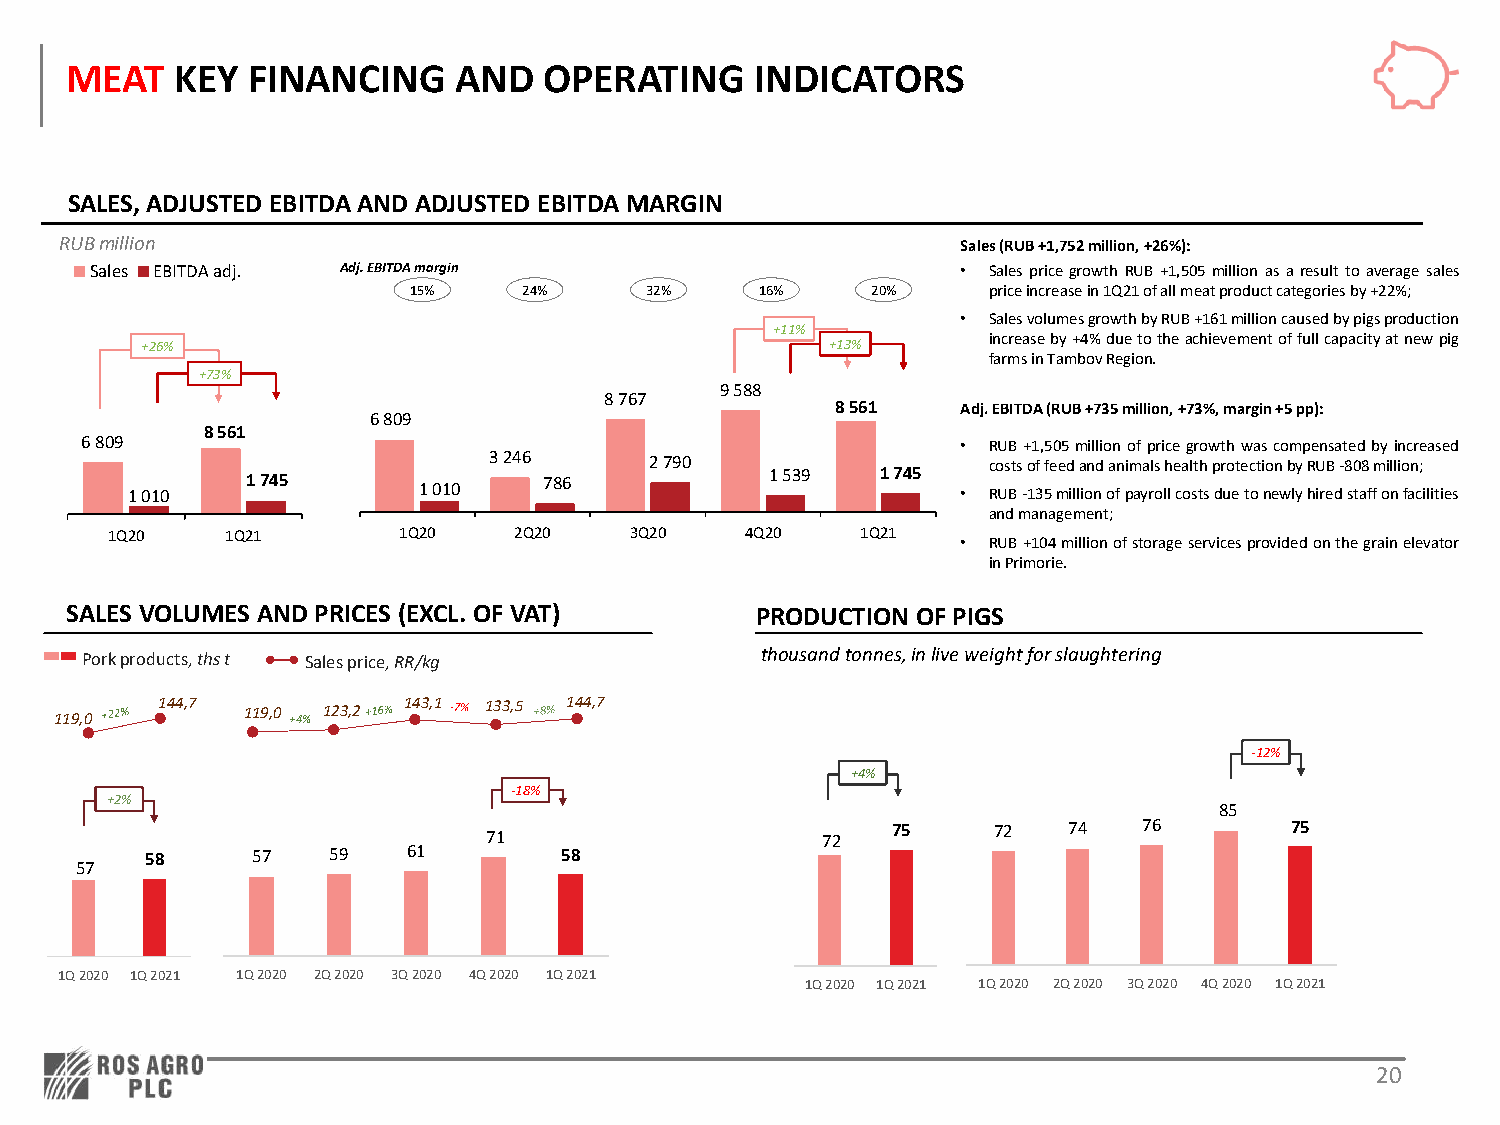
MEAT    KEY FINANCING     AND   OPERATING     INDICATORS
 SALES, ADJUSTED EBITDA AND ADJUSTED EBITDA MARGIN
 RUBmillion                                                  Sales(RUB+1,752million,+26%):
 Sales EBITDA adj. Adj. EBITDA margin                      • Sales price growth RUB +1,505 million as a result to average sales
 15%     24%     32%    16%     20%    priceincreasein1Q21ofallmeatproductcategoriesby+22%;
 • SalesvolumesgrowthbyRUB+161millioncausedbypigsproduction
 +11%
 increaseby+4%duetotheachievementoffullcapacityatnewpig
 +26%                                          +13%
 farmsinTambovRegion.
 +73%
 9588
 8767
 8561     Adj.EBITDA(RUB+735million,+73%,margin+5pp):
 6809
 8561
 6809                                                       • RUB+1,505millionofpricegrowthwascompensatedbyincreased
 3246       2790                  costsoffeedandanimalshealthprotectionbyRUB-808million;
 1010    1745        1010    786            1539   1745  • RUB-135millionofpayrollcostsduetonewlyhiredstaffonfacilities
 andmanagement;
 1Q20    1Q21       1Q20    2Q20    3Q20   4Q20    1Q21
 • RUB+104millionofstorageservicesprovidedonthegrainelevator
 inPrimorie.
 SALES VOLUMES AND PRICES (EXCL. OF VAT)       PRODUCTION OF PIGS
 Pork products, thst Sales price, RR/kg       thousand tonnes, in live weight for slaughtering
 119,0 144,7 119,0 +4% 123,2 143,1 133,5 144,7
 -12%
 +4%
 -18%
 +2%
 85
 71                    72   75     72   74   76       75
 58     57   59   61        58
 57
 1Q 2020 1Q 2021 1Q 2020 2Q 2020 3Q 2020 4Q 2020 1Q 2021
 1Q 2020 1Q 2021 1Q 2020 2Q 2020 3Q 2020 4Q 2020 1Q 2021
 20